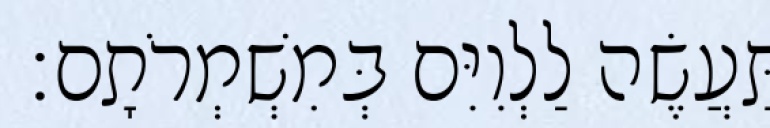
תַּעֲשֶׂה לַלְוִיִּם בְּמִשְׁמְרֹתָם׃